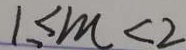
1 \leq m < 2